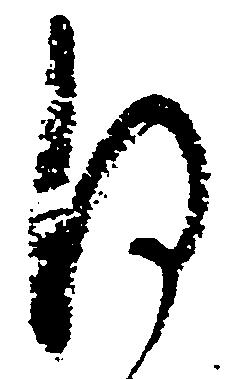
謹